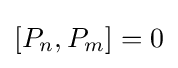
[P_{n},P_{m}]=0